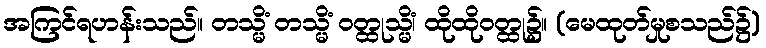
အကြင်ရဟန်းသည်။ တသ္မိံ တသ္မိံ ဝတ္ထုသ္မိံ၊ ထိုထိုဝတ္ထု၌။ (မေထုတ်မှုစသည်၌)